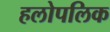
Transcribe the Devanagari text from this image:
हलोपलिक